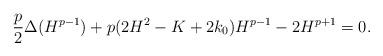
LaTeX: \begin{align*}\frac{p}{2}\Delta(H^{p-1})+ p(2H^2-K+2k_0)H^{p-1}-2H^{p+1} = 0.\end{align*}